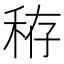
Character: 𥞘